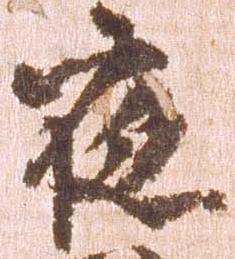
夜